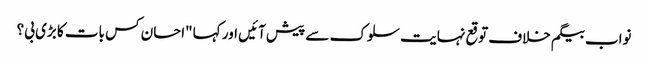
نواب بیگم خلاف توقع نہایت سلوک سے پیش آئیں اور کہا "احسان کس بات کا بڑی بی؟